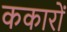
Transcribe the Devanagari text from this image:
ककारों